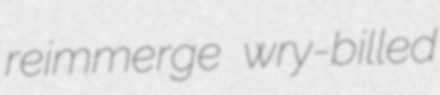
reimmerge wry-billed